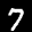
Label: 7